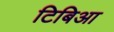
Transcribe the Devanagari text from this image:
टिबिआ